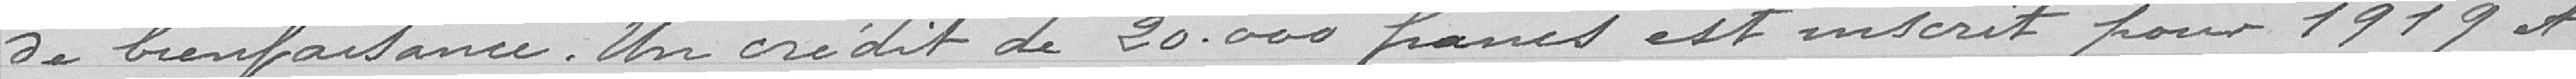
de bienfaisance. Un crédit de 20.000 francs est inscrit pour 1919 et